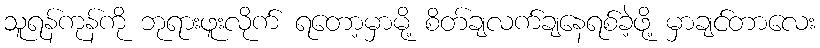
သူရန်ကုန်ကို ဘုရားဖူးလိုက် ရတော့မှာမို့ စိတ်ချလက်ချနေရစ်ခဲ့ဖို့ မှာချင်တာလေး